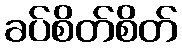
ခပ်စိတ်စိတ်